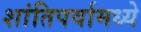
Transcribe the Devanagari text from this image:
शांतिपर्वामध्ये